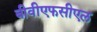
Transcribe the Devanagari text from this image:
बीवीएफसीएल